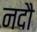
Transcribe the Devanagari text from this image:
नदौ